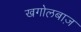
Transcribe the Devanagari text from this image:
खगोलबाज़